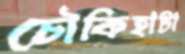
চৌকিহাটা